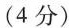
(4分)